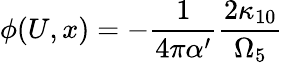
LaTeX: \phi(U,x)=-\frac{1}{4\pi\alpha^{\prime}}\frac{2\kappa_{10}}{\Omega_{5}}